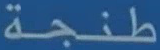
طنجة